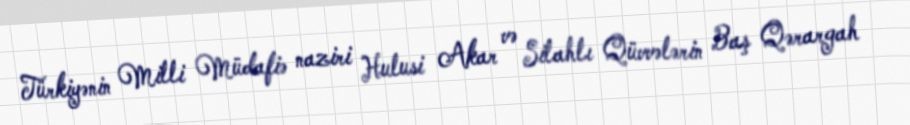
Türkiyənin Milli Müdafiə naziri Hulusi Akar və Silahlı Qüvvələrin Baş Qərargah